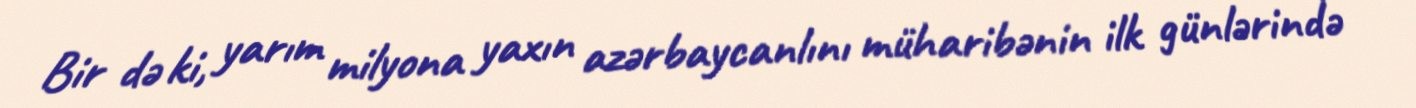
Bir də ki, yarım milyona yaxın azərbaycanlını müharibənin ilk günlərində